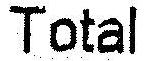
TOTAL